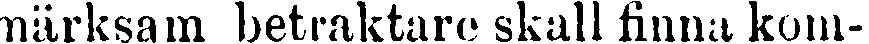
märksam betraktare skall finna kom-